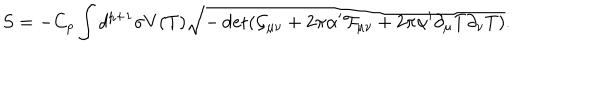
S = - C _ { p } \int d ^ { p + 1 } \sigma V ( T ) \sqrt { - \det ( \mathcal { G } _ { \mu \nu } + 2 \pi \alpha ^ { \prime } \mathcal { F } _ { \mu \nu } + 2 \pi \alpha ^ { \prime } \partial _ { \mu } T \partial _ { \nu } T ) } .